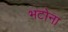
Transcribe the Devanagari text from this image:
भटोना